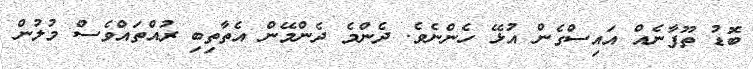
ބޮޑު ތޫފާނެއް އައިސްގެން އުޅޭ ހެންނެވެ. ދެންމެ ދެންމޭން އެތާތިބި ރުއްތައްވެސް މުލުން